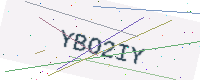
Text: YBO2IY